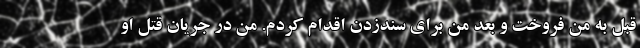
قبل به من فروخت و بعد من برای سندزدن اقدام کردم. من در جریان قتل او